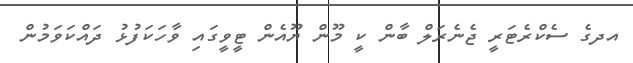
އދގެ ސެކްރެޓަރީ ޖެނެރަލް ބާން ކީ މޫން ޔޫއެން ޓީވީގައި ވާހަކަފުޅު ދައްކަވަމުން